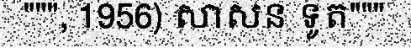
""", 1956) សាសន ទូត"""